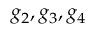
g _ { 2 } , g _ { 3 } , g _ { 4 }